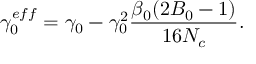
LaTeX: \gamma _ { 0 } ^ { e f f } = \gamma _ { 0 } - \gamma _ { 0 } ^ { 2 } \frac { \beta _ { 0 } ( 2 B _ { 0 } - 1 ) } { 1 6 N _ { c } } .